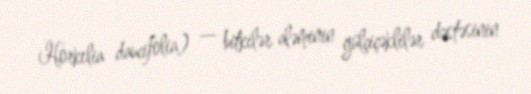
Horkelia daucifolia) — bitkilər aləminin gülçiçəklilər dəstəsinin